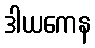
ဒါယကေန